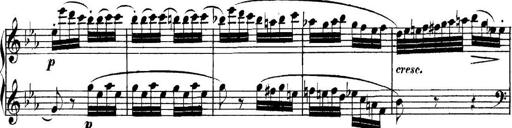
Title: Collected Piano Sonatas
Composer: Muzio Clementi